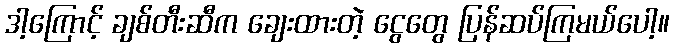
ဒါ့ကြောင့် ချစ်တီးဆီက ချေးထားတဲ့ ငွေတွေ ပြန်ဆပ်ကြမယ်ပေါ့။